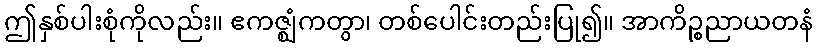
ဤနှစ်ပါးစုံကိုလည်း။ ဧကဇ္ဈံကတွာ၊ တစ်ပေါင်းတည်းပြု၍။ အာကိဉ္စညာယတနံ